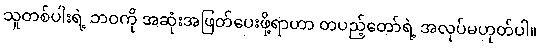
သူတစ်ပါးရဲ့ ဘဝကို အဆုံးအဖြတ်ပေးဖို့ရာဟာ တပည့်တော်ရဲ့ အလုပ်မဟုတ်ပါ။